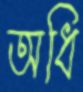
অধি